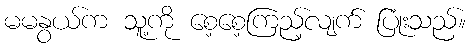
မမနွယ်က သူ့ကို စေ့စေ့ကြည့်လျက် ပြုံးသည်။